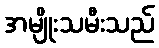
အမျိုးသမီးသည်